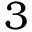
3